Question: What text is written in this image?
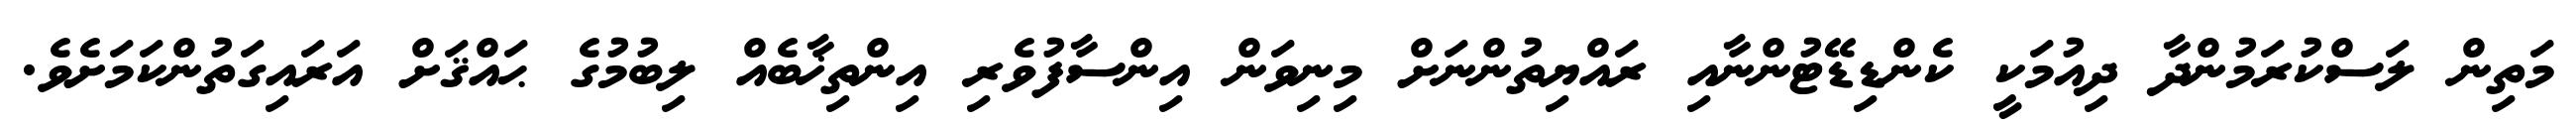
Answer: މަތިން ލަސްކުރަމުންދާ ދިއުމަކީ ކެންޑިޑޭޓުންނާއި ރައްޔިތުންނަށް މިނިވަން އިންސާފުވެރި އިންތިޚާބެއް ލިބުމުގެ ޙައްޤަށް އަރައިގަތުންކަމަށެވެ.